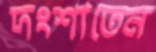
দংশাতেন